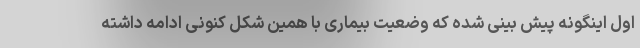
اول اینگونه پیش بینی شده که وضعیت بیماری با همین شکل کنونی ادامه داشته